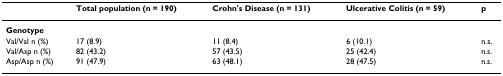
|  | Total population (n = 190) | Crohn's Disease (n = 131) | Ulcerative Colitis (n = 59) | p |
 | --- | --- | --- | --- | --- |
 | Genotype |  |  |  |  |
 | Val/Val n (%) | 17 (8.9) | 11 (8.4) | 6 (10.1) | n.s. |
 | Val/Asp n (%) | 82 (43.2) | 57 (43.5) | 25 (42.4) | n.s. |
 | Asp/Asp n (%) | 91 (47.9) | 63 (48.1) | 28 (47.5) | n.s. |